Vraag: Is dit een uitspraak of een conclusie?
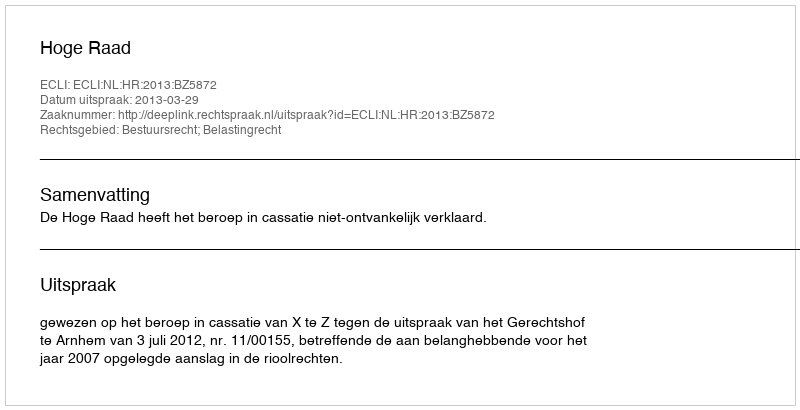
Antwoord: Uitspraak